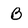
Character: B